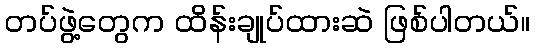
တပ်ဖွဲ့တွေက ထိန်းချုပ်ထားဆဲ ဖြစ်ပါတယ်။